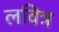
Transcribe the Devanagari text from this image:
लवित्र